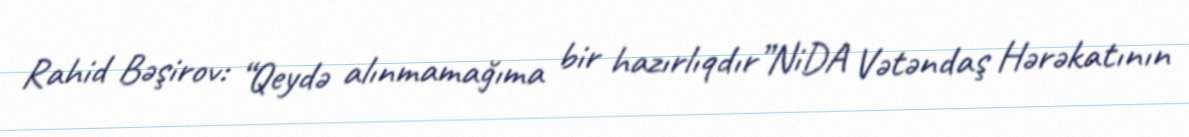
Rahid Bəşirov: “Qeydə alınmamağıma bir hazırlıqdır”NiDA Vətəndaş Hərəkatının